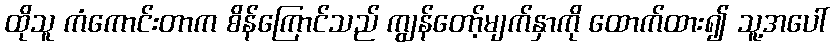
ထိုသူ ကံကောင်းတာက စိန်ကြောင်သည် ကျွန်တော့်မျက်နှာကို ထောက်ထား၍ သူ့အပေါ်